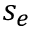
s _ { e }